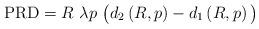
LaTeX: \begin{align*}\mathrm{PRD}= R~\lambda p~\big(d_2\left(R,p\right)- d_1\left(R,p\right)\big)\end{align*}